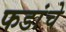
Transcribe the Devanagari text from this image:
फडांचे